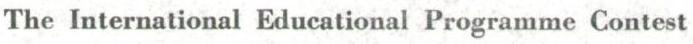
The International Educational Programme Contest